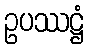
ဥပဿဋ္ဌံ